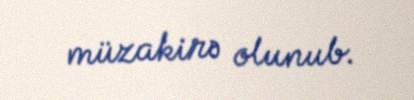
müzakirə olunub.